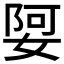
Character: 娿